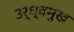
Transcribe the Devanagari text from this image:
उर्ध्वमुख